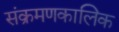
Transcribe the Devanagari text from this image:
संक्रमणकालिक